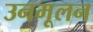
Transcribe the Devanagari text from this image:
उनमूलन